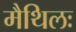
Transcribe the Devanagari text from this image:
मैथिलः